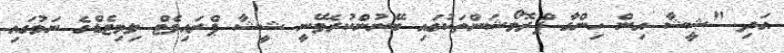
އަދި "ޝީޝާ އިން ހިންގާ ޕްރޮމޯޝަންތަކުގައި ބޭނުންކުރެވޭނީ ޝީޝާ ޕްރައިވެޓް ލިމިޓެޑްގެ ނަމުގައި